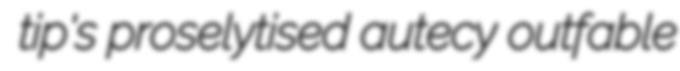
tip's proselytised autecy outfable